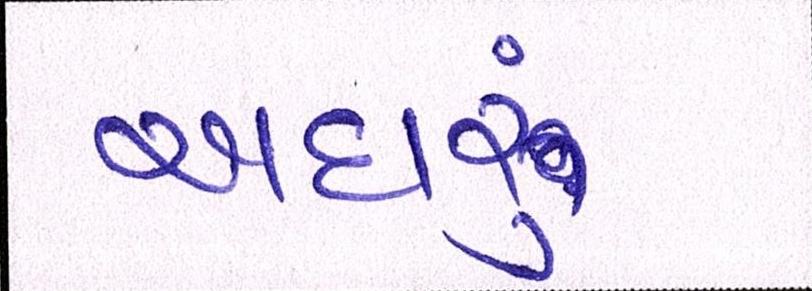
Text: અઘરું